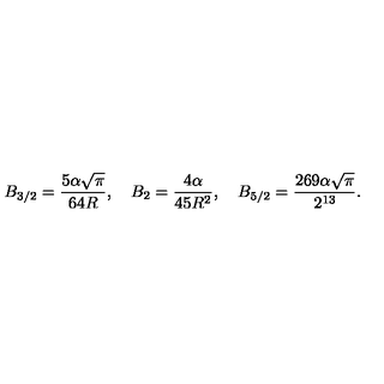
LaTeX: B _ { 3 / 2 } = \frac { 5 \alpha \sqrt \pi } { 6 4 R } , \quad B _ { 2 } = \frac { 4 \alpha } { 4 5 R ^ { 2 } } , \quad B _ { 5 / 2 } = \frac { 2 6 9 \alpha \sqrt \pi } { 2 ^ { 1 3 } } { . }